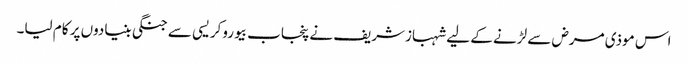
اس موذی مرض سے لڑنے کے لیے شہبازشریف نے پنجاب بیوروکریسی سے جنگی بنیادوں پر کام لیا۔